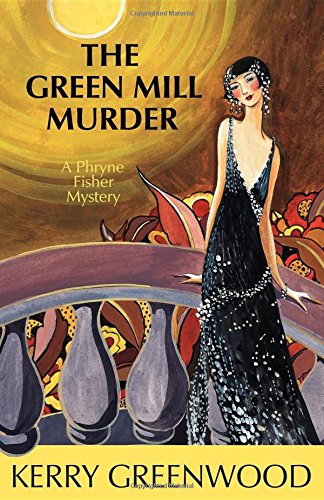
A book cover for The Green Mill Murder: A Phryne Fisher Mystery; Kerry Greenwood; Mystery, Thriller & Suspense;